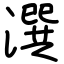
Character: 潠